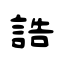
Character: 誥